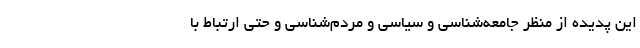
این پدیده از منظر جامعه‌شناسی و سیاسی و مردم‌شناسی و حتی ارتباط با